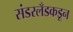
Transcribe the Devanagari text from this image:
संडरलँडकडून